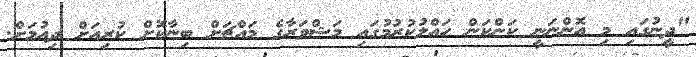
"ދީނުގައި މި އޮންނަނީ ކަންކަން ހައްލުކުރުމުގައި މަޝްވަރާގެ މައްޗަށް ބިނާކޮށް ކުރިއަށް ދިއުމަށް.